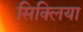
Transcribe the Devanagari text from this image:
सिक्लिया